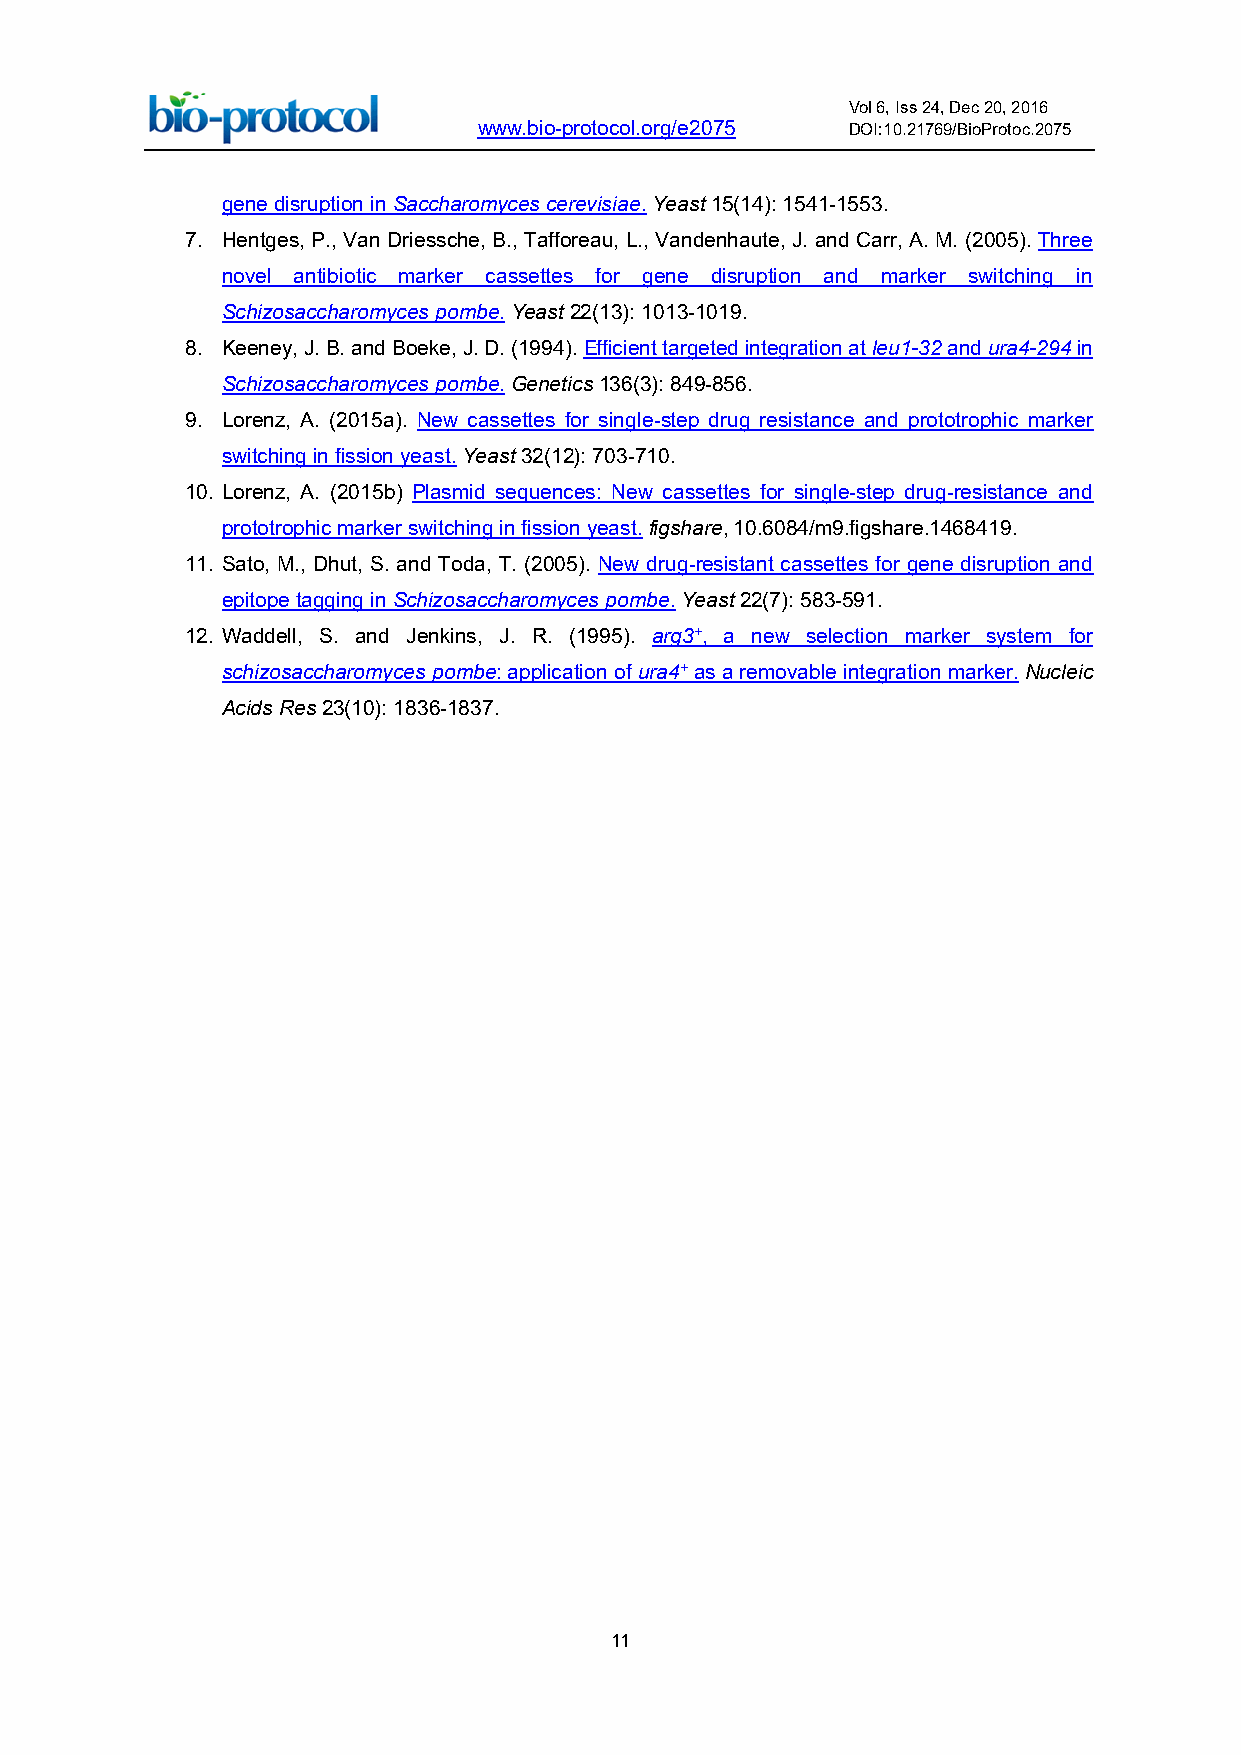
Vol 6, Iss 24, Dec 20, 2016
 www.bio-protocol.org/e2075 DOI:10.21769/BioProtoc.2075
 gene disruption in Saccharomyces cerevisiae. Yeast 15(14): 1541-1553.
 7. Hentges, P., Van Driessche, B., Tafforeau, L., Vandenhaute, J. and Carr, A. M. (2005). Three
 novel antibiotic marker cassettes for gene disruption and marker switching in
 Schizosaccharomyces pombe. Yeast 22(13): 1013-1019.
 8. Keeney, J. B. and Boeke, J. D. (1994). Efficient targeted integration at leu1-32 and ura4-294 in
 Schizosaccharomyces pombe. Genetics 136(3): 849-856.
 9. Lorenz, A. (2015a). New cassettes for single-step drug resistance and prototrophic marker
 switching in fission yeast. Yeast 32(12): 703-710.
 10. Lorenz, A. (2015b) Plasmid sequences: New cassettes for single-step drug-resistance and
 prototrophic marker switching in fission yeast. figshare, 10.6084/m9.figshare.1468419.
 11. Sato, M., Dhut, S. and Toda, T. (2005). New drug-resistant cassettes for gene disruption and
 epitope tagging in Schizosaccharomyces pombe. Yeast 22(7): 583-591.
 12. Waddell, S. and Jenkins, J. R. (1995). arg3+, a new selection marker system for
 schizosaccharomyces pombe: application of ura4+ as a removable integration marker. Nucleic
 Acids Res 23(10): 1836-1837.
 11